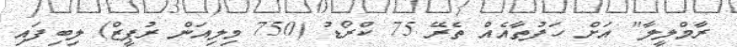
ރާމްލީލާ" އަށް ހަފުތާއެއް ތެރޭ 75 ކްރޯޑު (750 މިލިއަން ރުޕީޒް) ލިބިފައި